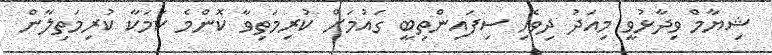
ޝިޔާމް ވިދާޅުވީ މިއަދު ދިވެހި ސިފައިންތިބީ ގައުމަށް ކުރިމަތިވާ ކޮންމެ ކަމަކާ ކުރިމަތިލާން